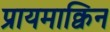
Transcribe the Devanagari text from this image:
प्रायमाक्विन